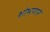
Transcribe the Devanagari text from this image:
शोभणारं